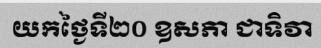
យកថ្ងៃទី២០ ឧសភា ជាទិវា